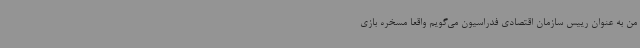
من به عنوان رییس سازمان اقتصادی فدراسیون می‌گویم واقعا مسخره بازی